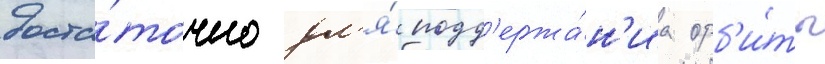
доста́точно дл'я́ подд'ержа́н'иа орб'и́ты